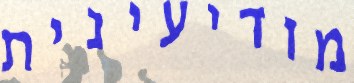
מודיעינית